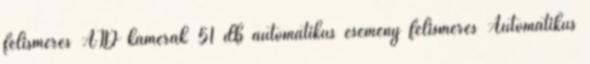
felismerés AID kamerák 51 db automatikus esemény felismerés Automatikus